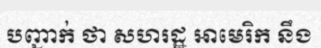
បញ្ជាក់ ថា សហរដ្ឋ អាមេរិក នឹង